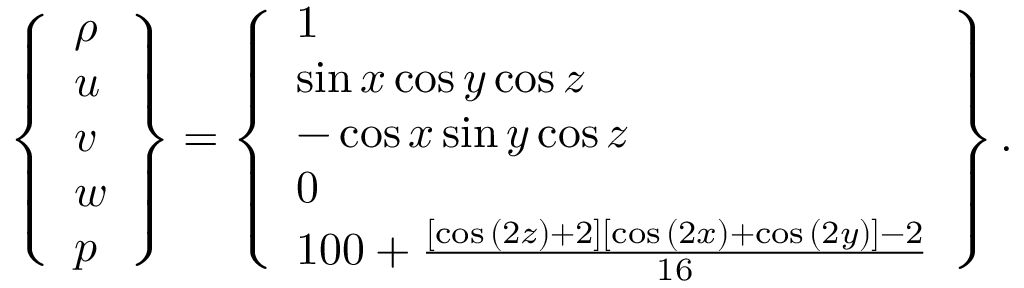
\left\{ \begin{array} { l } { \rho } \\ { u } \\ { v } \\ { w } \\ { p } \end{array} \right\} = \left\{ \begin{array} { l } { 1 } \\ { \sin { x } \cos { y } \cos { z } } \\ { - \cos { x } \sin { y } \cos { z } } \\ { 0 } \\ { 1 0 0 + \frac { \left[ \cos { ( 2 z ) } + 2 \right] \left[ \cos { ( 2 x ) } + \cos { ( 2 y ) } \right] - 2 } { 1 6 } } \end{array} \right\} .